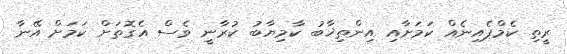
ރީތި ކެމްޕެއިނެއް ކަމަށާއި އިންތިޚާބު ކާމިޔާބު ކުރާނީ ވެސް އެގޮތަށް ކަމަށް އޭނާ